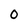
Character: 0